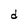
Character: d